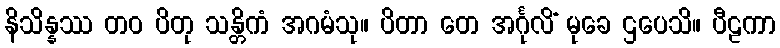
နိသိန္နဿ တဝ ပိတု သန္တိကံ အဂမံသု။ ပိတာ တေ အင်္ဂုလိံ မုခေ ဌပေသိ။ ပီဠကာ